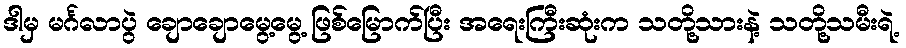
ဒါမှ မင်္ဂလာပွဲ ချောချောမွေ့မွေ့ ဖြစ်မြောက်ပြီး အရေးကြီးဆုံးက သတို့သားနဲ့ သတို့သမီးရဲ့